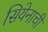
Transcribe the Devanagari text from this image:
सियेनाची